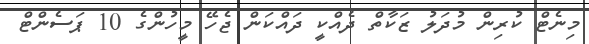
މިނެޓް ކުރިން މުދަލު ޒަކާތް ދެއްކީ ދައްކަން ޖެހޭ މީހުންގެ 10 ޕަސެންޓް